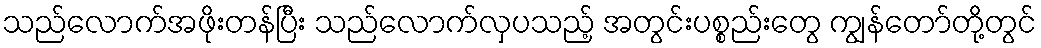
သည်လောက်အဖိုးတန်ပြီး သည်လောက်လှပသည့် အတွင်းပစ္စည်းတွေ ကျွန်တော်တို့တွင်